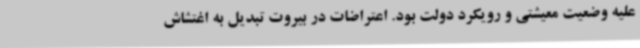
علیه وضعیت معیشتی و رویکرد دولت بود. اعتراضات در بیروت تبدیل به اغتشاش